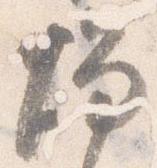
燭